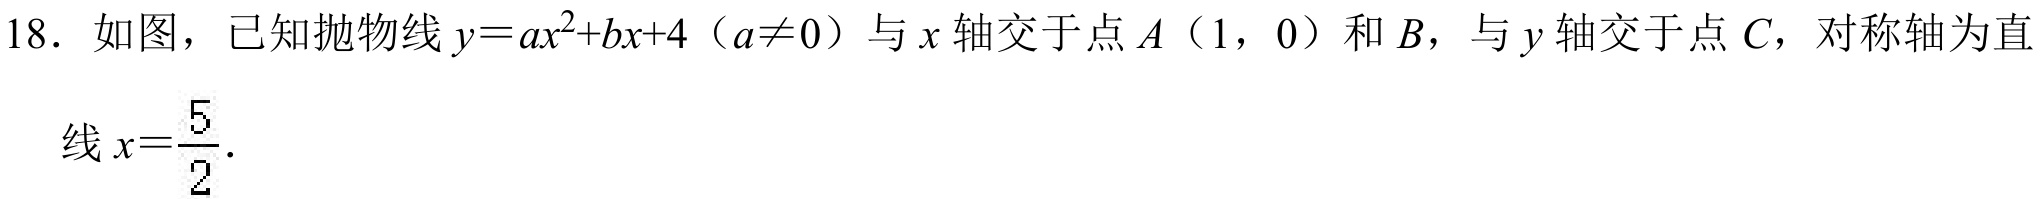
18. 如图，已知抛物线\(y = ax^{2}+bx + 4\)（\(a\neq0\)）与\(x\)轴交于点\(A(1,0)\)和\(B\)，与\(y\)轴交于点\(C\)，对称轴为直线\(x=\frac{5}{2}\)．